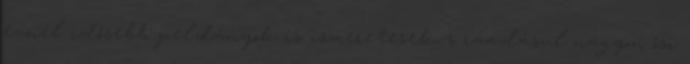
évnél idősebb példányok is ismeretesek, s ráadásul nagyon ősi